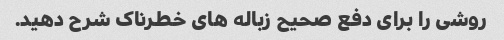
روشی را برای دفع صحیح زباله های خطرناک شرح دهید.